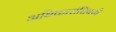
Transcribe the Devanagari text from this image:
अधिकारांविषयी